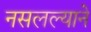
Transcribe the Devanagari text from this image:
नसलल्याने